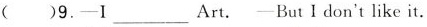
( )9.—I ___ Art. —But I don't like it.